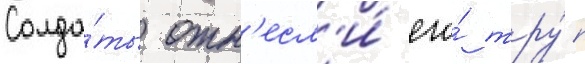
Солда́ты отн'есл'и́ его́ тру́п